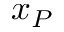
x _ { P }